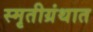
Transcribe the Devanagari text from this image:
स्मृतीग्रंथात